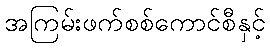
အကြမ်းဖက်စစ်ကောင်စီနှင့်